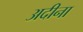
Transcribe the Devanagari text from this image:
अदीना